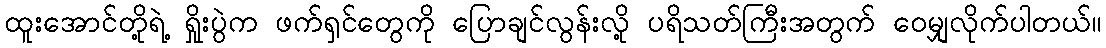
ထူးအောင်တို့ရဲ့ ရှိုးပွဲက ဖက်ရှင်တွေကို ပြောချင်လွန်းလို့ ပရိသတ်ကြီးအတွက် ဝေမျှလိုက်ပါတယ်။